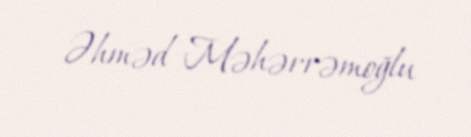
Əhməd Məhərrəmoğlu